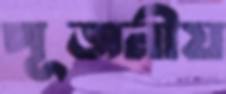
পূজনীয়